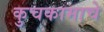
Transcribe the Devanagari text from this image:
कुचकामाचे